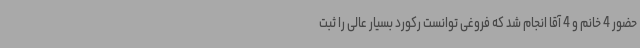
حضور 4 خانم و 4 آقا انجام شد که فروغی توانست رکورد بسیار عالی را ثبت